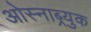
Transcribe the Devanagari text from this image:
ओस्नाब्र्युक